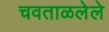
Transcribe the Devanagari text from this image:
चवताळलेले